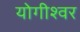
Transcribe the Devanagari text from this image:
योगीश्वर